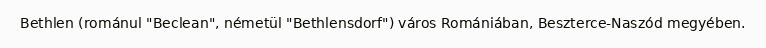
Bethlen (románul "Beclean", németül "Bethlensdorf") város Romániában, Beszterce-Naszód megyében.